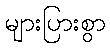
များပြားစွာ